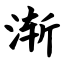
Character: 渐